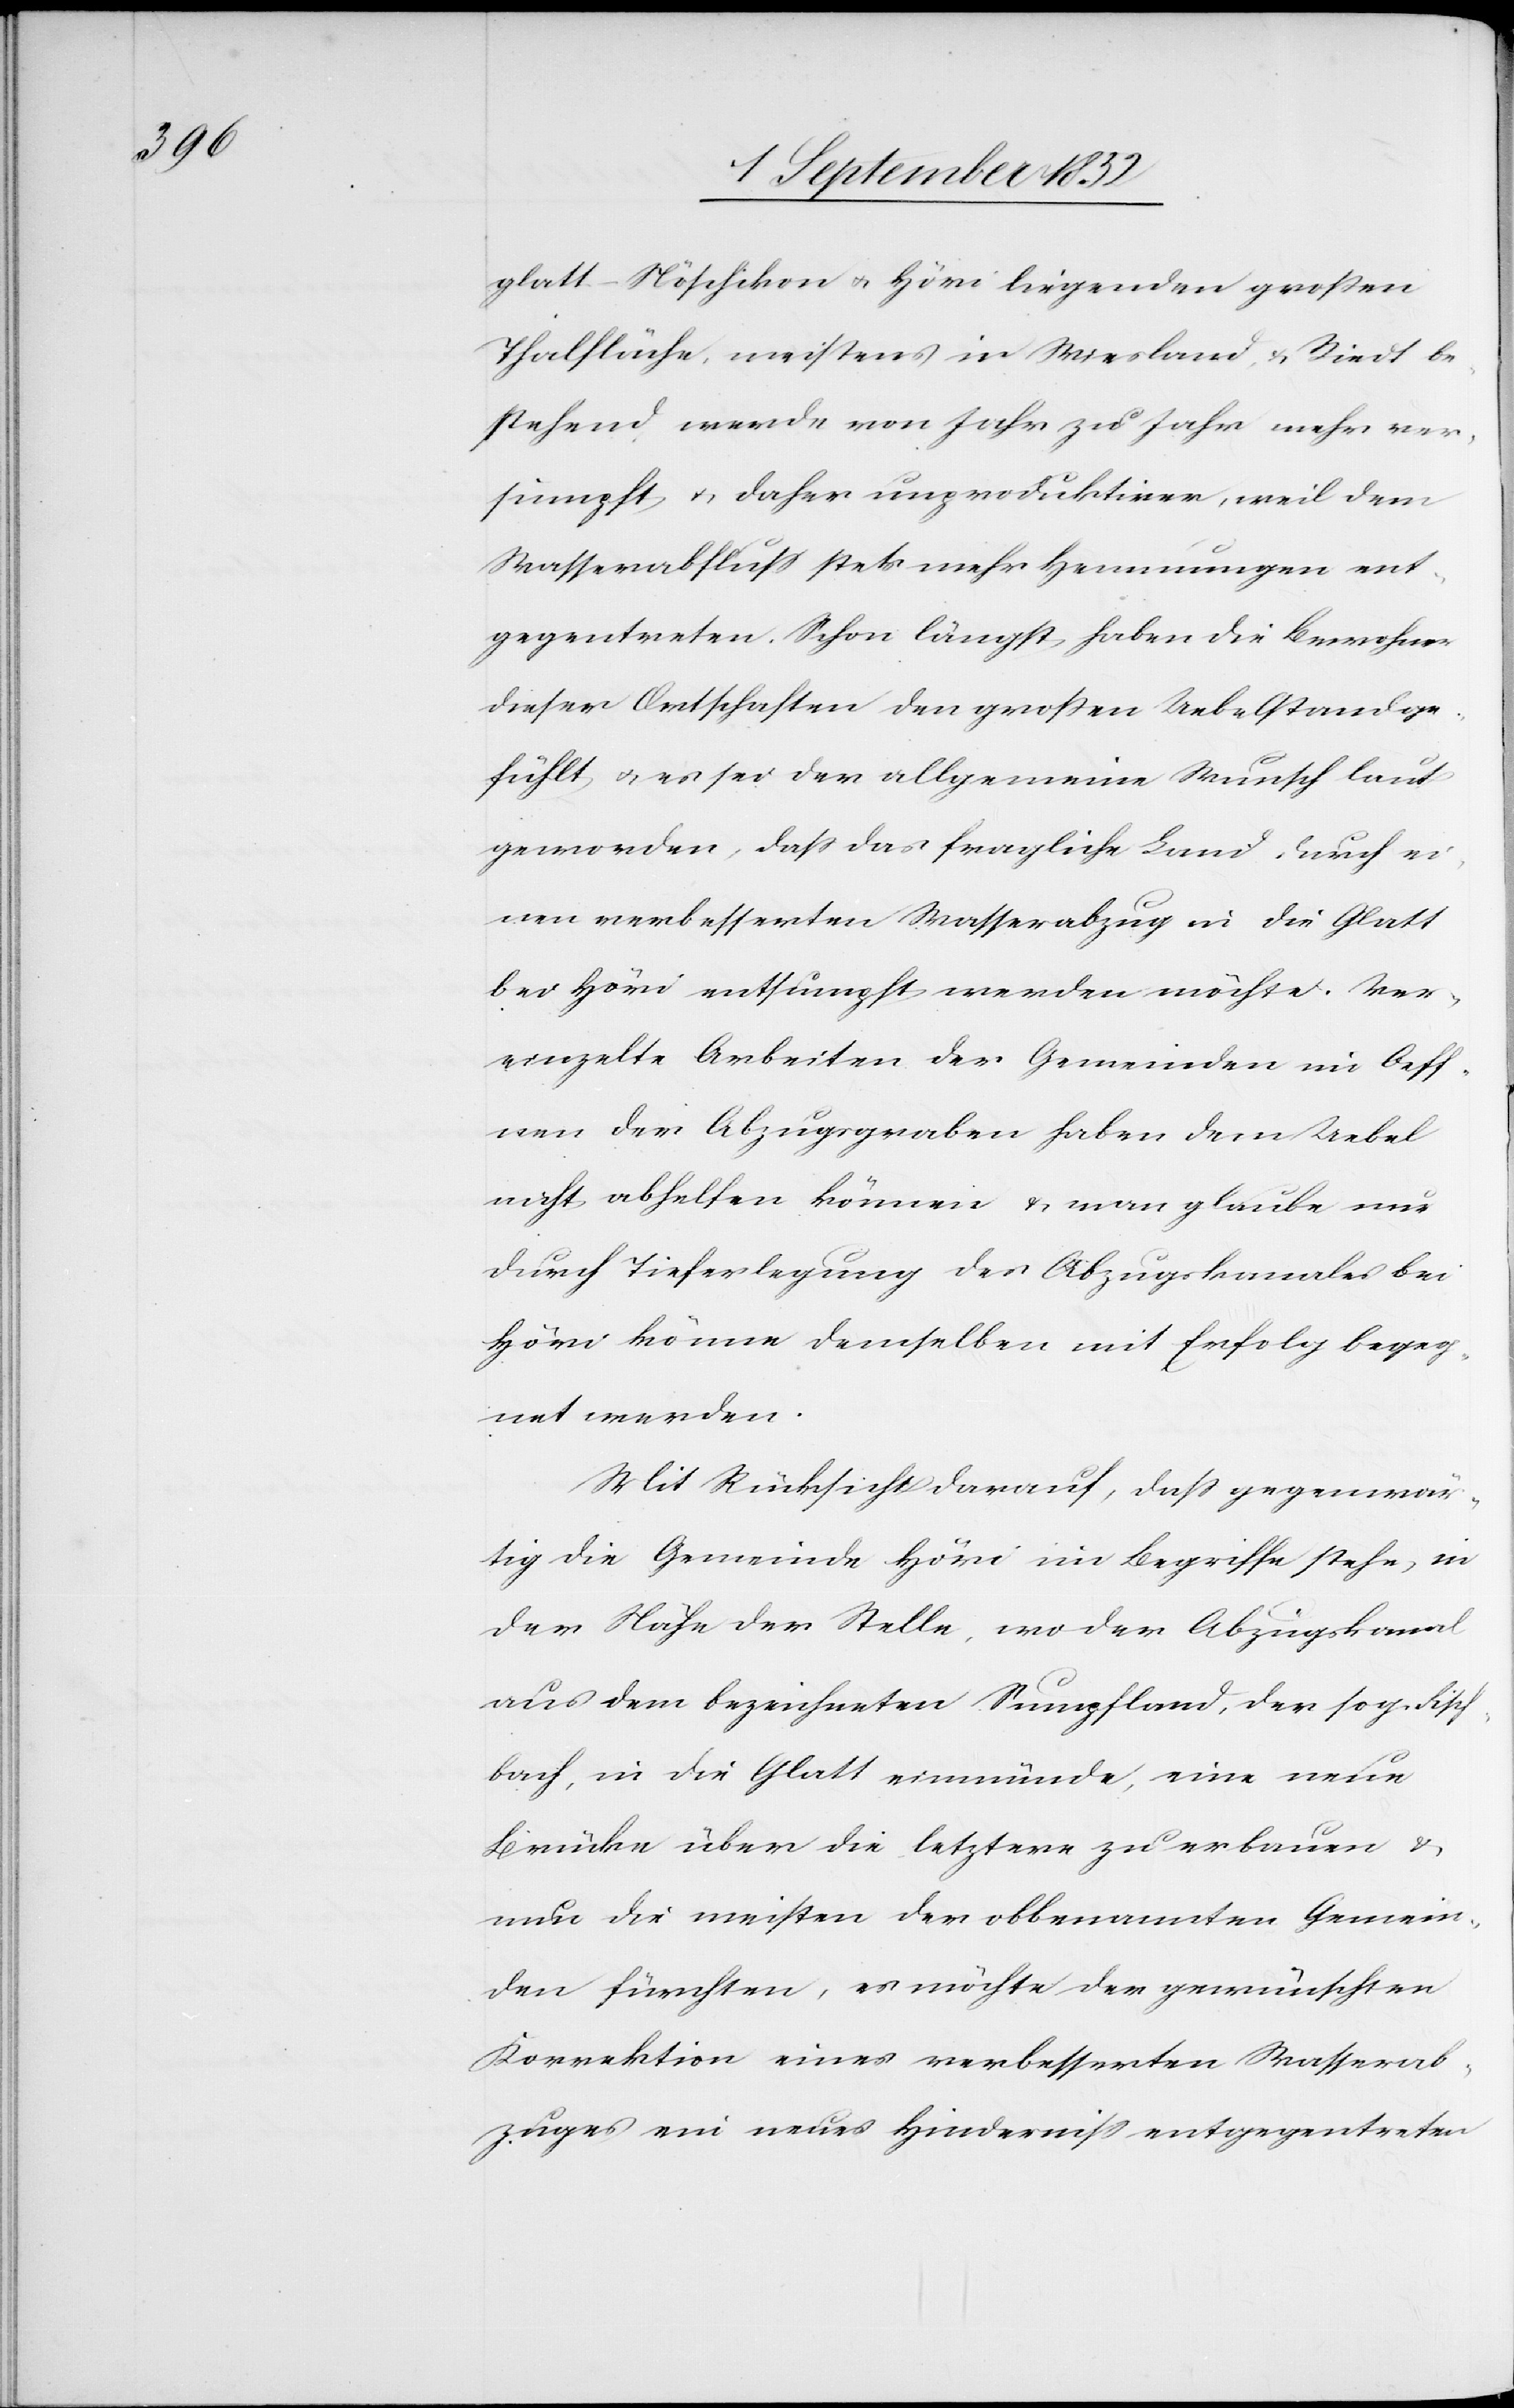
glatt-Nöschikon & Höri liegenden großen
Thalfläche, meistens in Wiesland & Riedt be¬
stehend werde von Jahr zu Jahr mehr ver¬
sumpft & daher unproduktiver, weil dem
Wasserabfluss stets mehr Hemmungen ent¬
gegentreten. Schon längst haben die Bewohner
dieser Ortschaften den großen Uebelstand ge¬
fühlt & es sei der allgemeine Wunsch laut
geworden, dass das fragliche Land durch ei¬
nen verbesserten Wasserabzug in die Glatt
bei Höri entsumpft werden möchte. Ver¬
einzelte Arbeiten der Gemeinden im Oeff¬
nen der Abzugsgraben haben dem Uebel
nicht abhelfen können & man glaube nur
durch Tieferlegung des Abzugskanales bei
Höri könne demselben mit Erfolg begeg¬
net werden.
Mit Rücksicht darauf, dass gegenwär¬
tig die Gemeinde Höri im Begriffe stehe, in
der Nähe der Stelle, wo der Abzugskanal
aus dem bezeichneten Sumpfland, der sog. Fisch¬
bach, in die Glatt einmünde, eine neue
Brücke über die letztere zu erbauen &
nun die meisten der obbenannten Gemein¬
den fürchten, es möchte der gewünschten
Korrektion eines verbesserten Wasserab¬
zuges ein neues Hinderniss entgegentreten